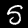
Digit: 5